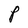
Character: P